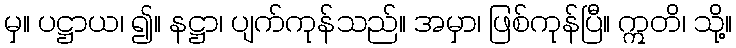
မှ။ ပဋ္ဌာယ၊ ၍။ နဋ္ဌာ၊ ပျက်ကုန်သည်။ အမှာ၊ ဖြစ်ကုန်ပြီ။ ဣတိ၊ သို့။